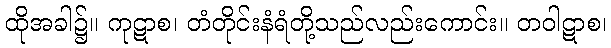
ထိုအခါ၌။ ကုဋာစ၊ တံတိုင်းနံရံတို့သည်လည်းကောင်း။ တဝါဋာစ၊